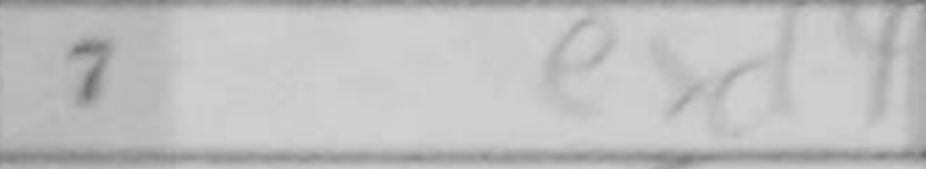
Transcription: exd4